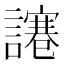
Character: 𧬯